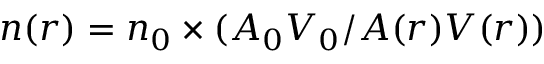
n ( r ) = n _ { 0 } \times ( A _ { 0 } V _ { 0 } / A ( r ) V ( r ) )